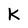
Character: K